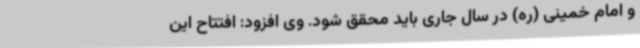
و امام خمینی (ره) در سال جاری باید محقق شود. وی افزود: افتتاح این